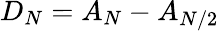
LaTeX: D_{N}=A_{N}-A_{N/2}